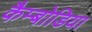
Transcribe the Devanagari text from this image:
कैम्बोडिया